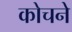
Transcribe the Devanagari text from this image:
कोचने